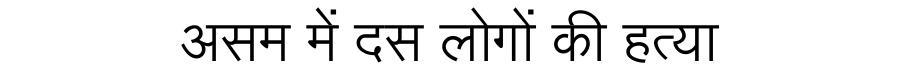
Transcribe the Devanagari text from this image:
असम में दस लोगों की हत्या